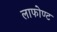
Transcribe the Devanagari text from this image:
लाफोण्ट